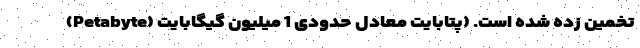
(Petabyte) تخمین زده شده است. (پتابایت معادل حدودی 1 میلیون گیگابایت